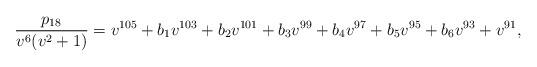
LaTeX: \begin{align*} \frac{p_{18}}{v^6(v^2+1)} = v^{105} + b_1 v^{103} + b_2 v^{101} + b_3 v^{99} + b_4 v^{97} + b_5 v^{95} + b_6 v^{93} + v^{91} , \end{align*}